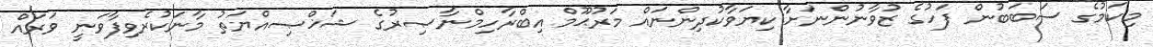
މިކަމުގެ ސަބަބުން ފަހުގެ ޒުވާނުންނަށާ ކިޔަވާކުދިންނައް މަރުޙޫމް އިބްރާހިމްނާޞިރުގެ ޝަޚްޞިއްޔަތު މާނަކުރެވިފާވަނީ ވަރައް